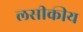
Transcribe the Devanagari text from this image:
लसीकीय